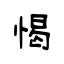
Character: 愒